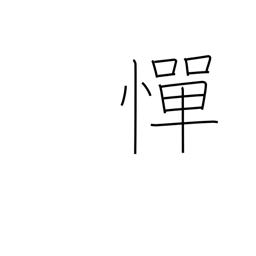
Meaning: hesitate